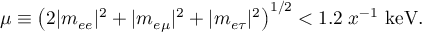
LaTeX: \mu \equiv \left( 2 | m _ { e e } | ^ { 2 } + | m _ { e \mu } | ^ { 2 } + | m _ { e \tau } | ^ { 2 } \right) ^ { 1 / 2 } < 1 . 2 \; x ^ { - 1 } \mathrm { \ k e V } .